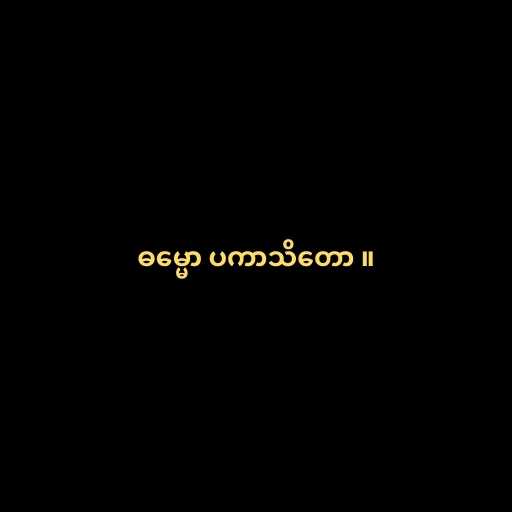
ဓမ္မော ပကာသိတော ။